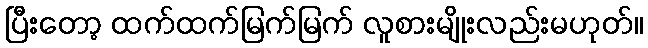
ပြီးတော့ ထက်ထက်မြက်မြက် လူစားမျိုးလည်းမဟုတ်။